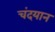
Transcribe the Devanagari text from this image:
चंदयान